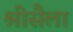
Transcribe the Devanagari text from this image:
श्रीसैला